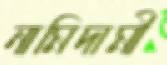
নামিদামী